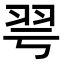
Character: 𦏻